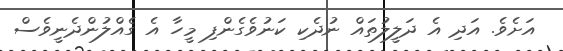
އަށެވެ. އަދި އެ ދަލީލުތައް ނުދެކި ކަނުވެގެންފި މީހާ އެ ގެއްލުންދެނީވެސް